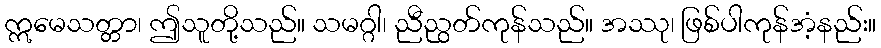
ဣမေသတ္တာ၊ ဤသူတို့သည်။ သမဂ္ဂါ၊ ညီညွတ်ကုန်သည်။ အဿု၊ ဖြစ်ပါကုန်အံ့နည်း။